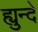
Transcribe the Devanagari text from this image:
ह्युन्दे